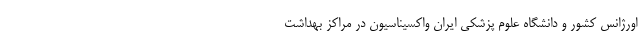
اورژانس کشور و دانشگاه علوم پزشکی ایران واکسیناسیون در مراکز بهداشت